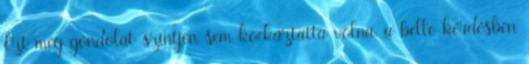
Ezt még gondolat szintjén sem kockáztatta volna. a belle-kérdésben